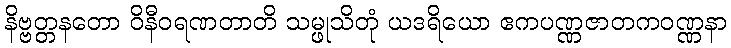
နိဗ္ဗတ္တနတော ဝိနီဝရဏတာတိ သမ္ဖုသိတုံ ယဒရိယော ဧကပဏ္ဏဇာတကဝဏ္ဏနာ